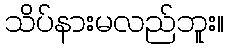
သိပ်နားမလည်ဘူး။